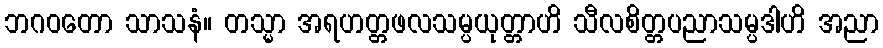
ဘဂဝတော သာသနံ။ တသ္မာ အရဟတ္တဖလသမ္ပယုတ္တာဟိ သီလစိတ္တပညာသမ္ပဒါဟိ အညာ